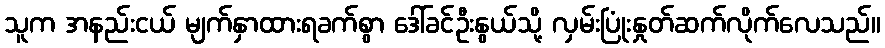
သူက အနည်းငယ် မျက်နှာထားရခက်စွာ ဒေါ်ခင်ဦးနွယ်သို့ လှမ်းပြုံးနှုတ်ဆက်လိုက်လေသည်။